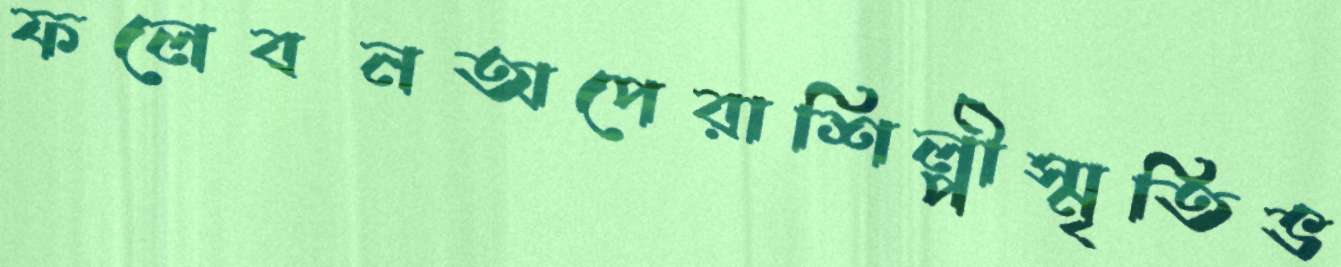
ফলেবনঅপেরাশিল্পীস্মৃতিভ